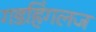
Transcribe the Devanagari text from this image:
गडहिंगलज